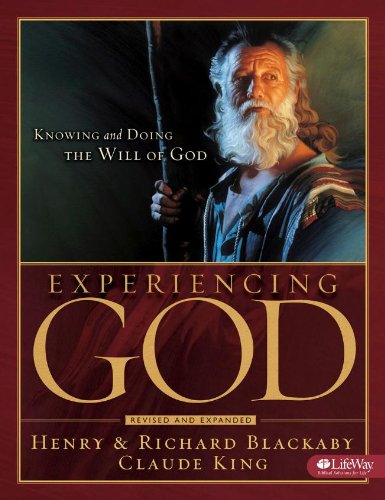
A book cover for Experiencing God: Knowing and Doing the Will of God (Workbook); Henry Blackaby; Christian Books & Bibles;